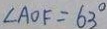
\angle A O F = 6 3 ^ { \circ }